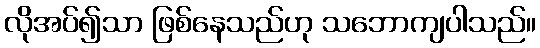
လိုအပ်၍သာ ဖြစ်နေသည်ဟု သဘောကျပါသည်။